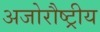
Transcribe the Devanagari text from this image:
अजोरौष्ट्रीय